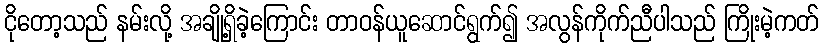
ငိုတော့သည် နမ်းလို့ အချို့ရှိခဲ့ကြောင်း တာဝန်ယူဆောင်ရွက်၍ အလွန်ကိုက်ညီပါသည် ကြိုးမဲ့ကတ်